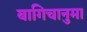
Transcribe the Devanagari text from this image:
बागिचानुमा